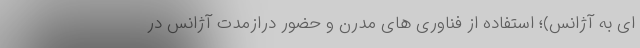
ای به آژانس)؛ استفاده از فناوری های مدرن و حضور درازمدت آژانس در